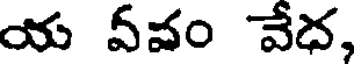
య వవం వేధ,